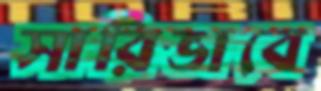
সারিভাবে